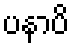
ပနာပိ